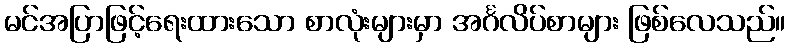
မင်အပြာဖြင့်ရေးထားသော စာလုံးများမှာ အင်္ဂလိပ်စာများ ဖြစ်လေသည်။